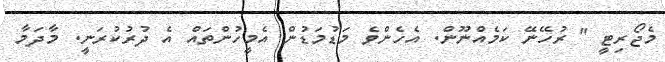
މެޖޯރިޓީ " ރުހޭނޭ ކަމެއްނޫން. އެހެންވެ މަޑުމަޑުން އެމީހުންތައް އެ ދުރުކުރަނީ. މާދަމާ